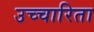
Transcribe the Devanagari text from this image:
उच्चारिता